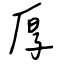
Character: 厚